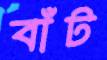
বাঁট